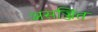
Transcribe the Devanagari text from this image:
असज्जित